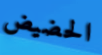
الحضيض